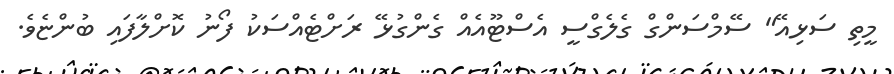
މީތި ސަޅިއޭ" ސޭމްސަންގް ގެލެގްސީ އެސްޓޫއެއް ގެންގުޅޭ ރަށްޓެއްސަކު ފޯނު ކޮށްލާފައި ބުންޏެވެ.